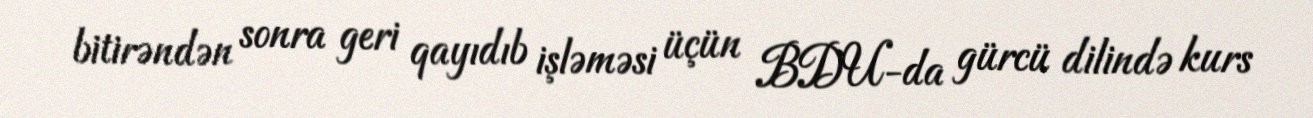
bitirəndən sonra geri qayıdıb işləməsi üçün BDU-da gürcü dilində kurs